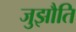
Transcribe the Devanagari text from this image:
जुझौति